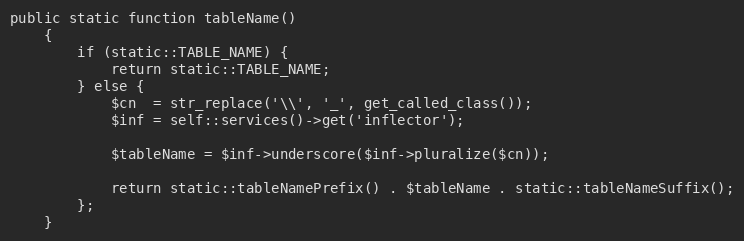
Language: PHP
public static function tableName()
    {
        if (static::TABLE_NAME) {
            return static::TABLE_NAME;
        } else {
            $cn  = str_replace('\\', '_', get_called_class());
            $inf = self::services()->get('inflector');

            $tableName = $inf->underscore($inf->pluralize($cn));

            return static::tableNamePrefix() . $tableName . static::tableNameSuffix();
        };
    }